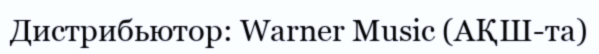
Дистрибьютор: Warner Music (АҚШ-та)